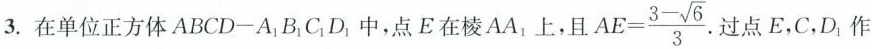
3.在单位正方体ABCDA_{1}B1C1D{1}中，点E在棱AA1上，且 $$AE= \frac{3- \sqrt{6}}{3}$$ 过点E，C，D_{1}作